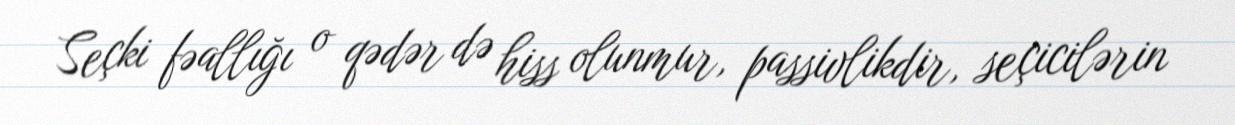
Seçki fəallığı o qədər də hiss olunmur, passivlikdir, seçicilərin